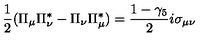
\frac { 1 } { 2 } ( \Pi _ { \mu } \Pi _ { \nu } ^ { * } - \Pi _ { \nu } \Pi _ { \mu } ^ { * } ) = \frac { 1 - \gamma _ { 5 } } { 2 } i \sigma _ { \mu \nu }